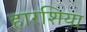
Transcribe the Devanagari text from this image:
हारशिया